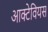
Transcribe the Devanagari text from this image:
आक्टेवियस